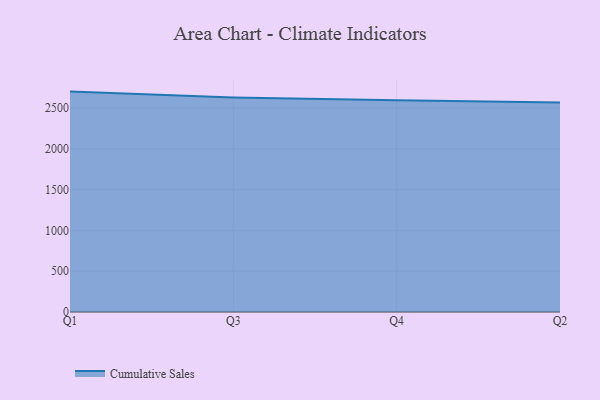
{"axis": {"x": "Quarter", "y": "Satisfaction Score"}, "legend": ["Cumulative Sales"], "data": [{"x": "Q1", "y": 2703.3, "type": "Cumulative Sales"}, {"x": "Q3", "y": 2631.9, "type": "Cumulative Sales"}, {"x": "Q4", "y": 2596.8, "type": "Cumulative Sales"}, {"x": "Q2", "y": 2568.8, "type": "Cumulative Sales"}]}